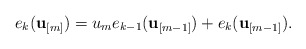
\begin{align*}e_k(\mathbf{u}_{[m]}) =u_{m} e_{k-1}(\mathbf{u}_{[m-1]})+e_k(\mathbf{u}_{[m-1]}).\end{align*}